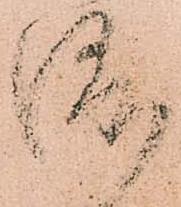
渡